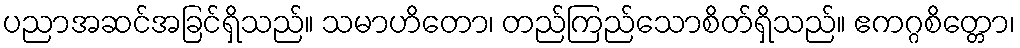
ပညာအဆင်အခြင်ရှိသည်။ သမာဟိတော၊ တည်ကြည်သောစိတ်ရှိသည်။ ဧကဂ္ဂစိတ္တော၊